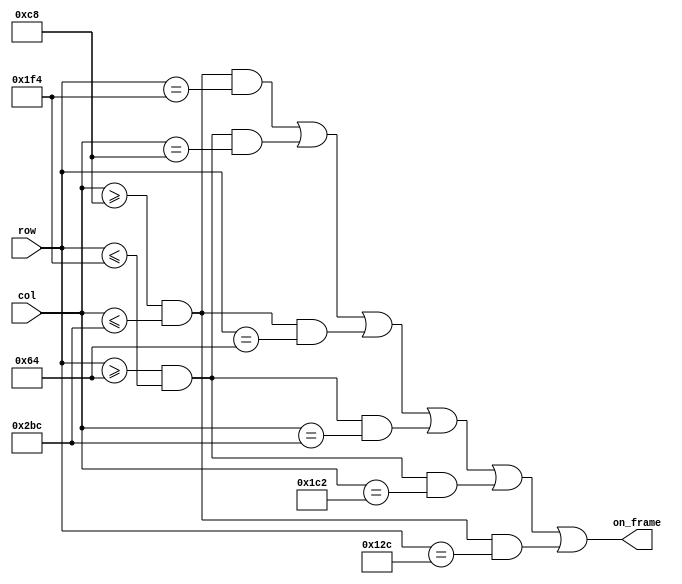
module gpu_frame_layer(row,
                       col,
                       on_frame
                       );
input [9:0] row;
input [9:0] col;

output on_frame;

assign on_frame =
(col >= 200 && col <= 700 && row == 500) |
(row >= 100 && row <= 500 && col == 200) |
(col >= 200 && col <= 700 && row == 100) |
(row >= 100 && row <= 500 && col == 700) |
(row >= 100 && row <= 500 && col == 450) |
(col >= 200 && col <= 700 && row == 300)
;

endmodule